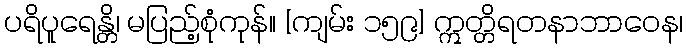
ပရိပူရေန္တိ၊ မပြည့်စုံကုန်။ [ကျမ်း ၁၅၉] ဣတ္တိရတနာဘာဝေန၊